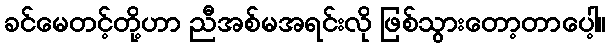
ခင်မေတင့်တို့ဟာ ညီအစ်မအရင်းလို ဖြစ်သွားတော့တာပေါ့။